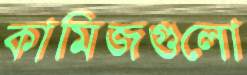
কামিজগুলো